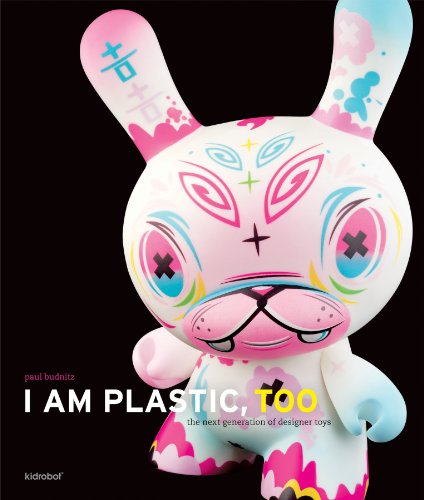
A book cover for I Am Plastic, Too: The Next Generation of Designer Toys; Paul Budnitz; Crafts, Hobbies & Home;